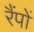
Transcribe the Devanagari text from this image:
रैंपों